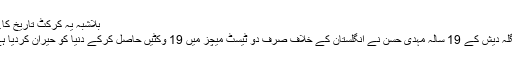
بلاشبہ یہ کرکٹ تاریخ کا…
بنگلہ دیش کے 19 سالہ مہدی حسن نے انگلستان کے خلاف صرف دو ٹیسٹ میچز میں 19 وکٹیں حاصل کرکے دنیا کو حیران کردیا ہے۔